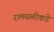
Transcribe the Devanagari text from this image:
रामघळीकडे